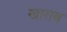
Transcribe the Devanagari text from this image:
खाराब